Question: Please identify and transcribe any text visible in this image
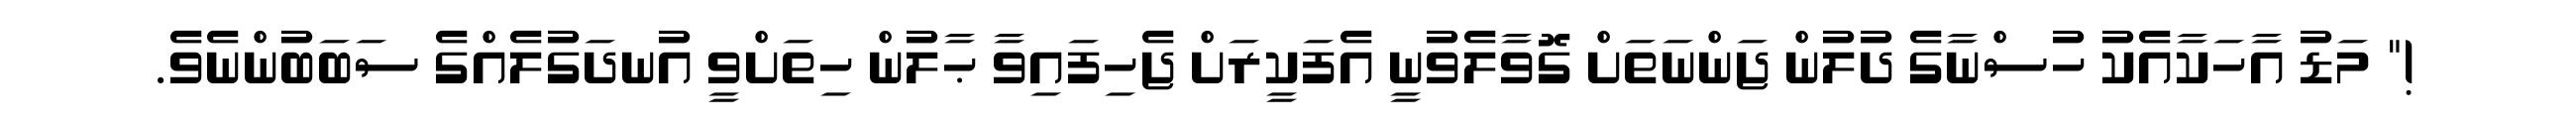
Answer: !" މަޑު އާހަކާއެކު ހުސްނާގެ ދުލުން ޖަންނަތަށް ގޮވާލެވުނީ އެފަކީރަށް ޖެހިފައިވާ ޙާލުން ހިތަށްވީ އުނދަގުލެއްގެ ސަބަބުންނެވެ.